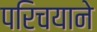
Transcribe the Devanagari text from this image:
परिचयाने